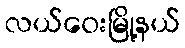
လယ်ဝေးမြို့နယ်